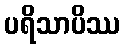
ပရိသာပိဿ